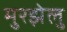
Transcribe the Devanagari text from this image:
मुरझेलु